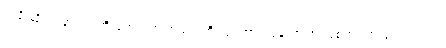
တချို့ဆိုရင် နာမည်ကြီးတွေထက် အများကြီး ပိုကောင်းနေတာ အံ့ဩစရာ သွားတွေ့ရတယ်။